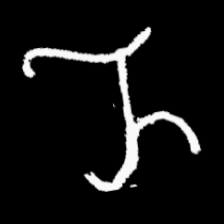
Pyu character \u2014 Myanmar letter: ည (romanized: nya)